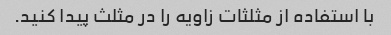
با استفاده از مثلثات زاویه را در مثلث پیدا کنید.